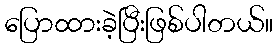
ပြောထားခဲ့ပြီးဖြစ်ပါတယ်။